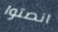
انصتوا